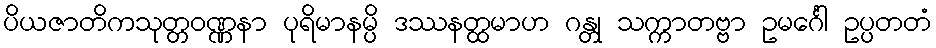
ပိယဇာတိကသုတ္တဝဏ္ဏနာ ပုရိမာနမ္ပိ ဒဿနတ္ထမာဟ ဂန္တု သက္ကာတဗ္ဗာ ဥမင်္ဂေါ ဥပ္ပတတံ